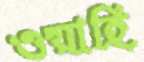
ওয়াহি